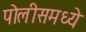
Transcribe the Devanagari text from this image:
पोलीसमध्ये